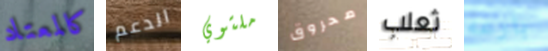
كالمعتاد الدعم ملتوي محروق ثعلب بارعه